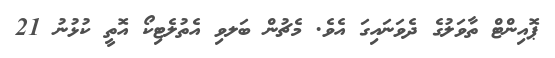
ޕޮއިންޓް ތާވަލުގެ ދެވަނައިގަ އެވެ. މެޗުން ބަލވި އެތުލެޓިކޯ އޮތީ ކުޅުނު 21